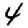
Digit: 4